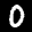
Label: 0